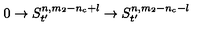
0 \rightarrow S _ { t ^ { \prime } } ^ { n , m _ { 2 } - n _ { c } + l } \rightarrow S _ { t ^ { \prime } } ^ { n , m _ { 2 } - n _ { c } - l }